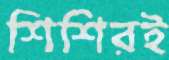
শিশিরই